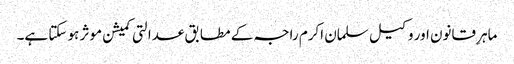
ماہرِ قانون اور وکیل سلمان اکرم راجہ کے مطابق عدالتی کمیشن موثر ہو سکتا ہے۔